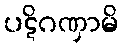
ပဋိဂဏှာမိ